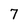
Character: 7